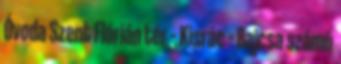
Óvoda Szent Flórián tér – Kisrác – Bajcsa számú